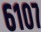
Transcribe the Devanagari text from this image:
६१०७